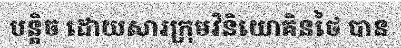
បន្តិច ដោយសារក្រុមវិនិយោគិនថៃ បាន